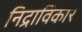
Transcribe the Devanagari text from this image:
निद्राविकार